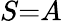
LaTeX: S{=}A